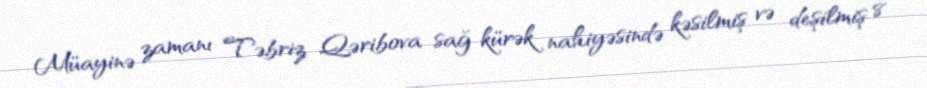
Müayinə zamanı Təbriz Qəribova sağ kürək nahiyəsində kəsilmiş və deşilmiş 8